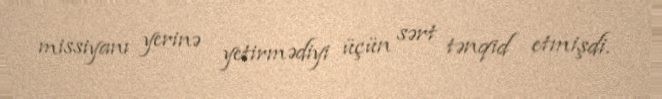
missiyanı yerinə yetirmədiyi üçün sərt tənqid etmişdi.